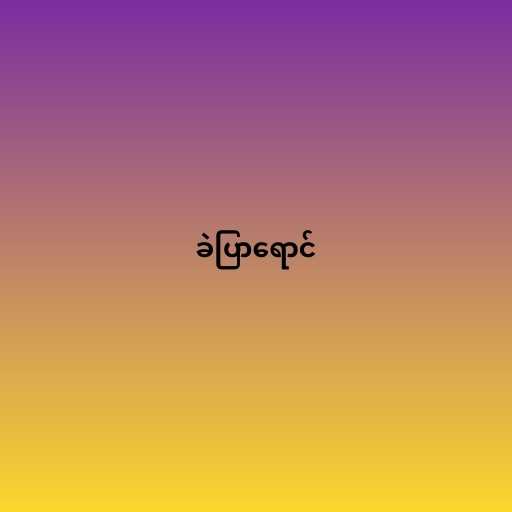
ခဲပြာရောင်